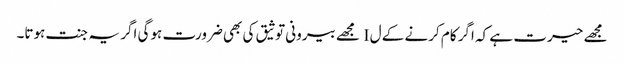
مجھے حیرت ہے کہ اگر کام کرنے کے ل I مجھے بیرونی توثیق کی بھی ضرورت ہوگی اگر یہ جنت ہوتا۔